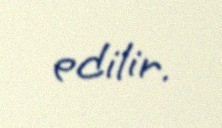
edilir.